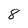
Character: 8